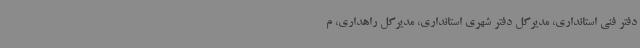
دفتر فنی استانداری، مدیرکل دفتر شهری استانداری، مدیرکل راهداری، م